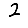
Digit: 2